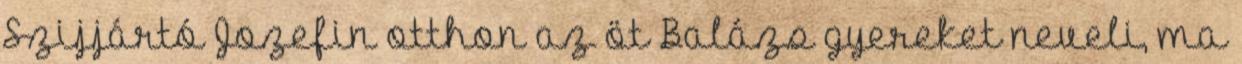
Szijjártó Jozefin otthon az öt Balázs gyereket neveli, ma